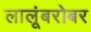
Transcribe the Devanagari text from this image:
लालूंबरोबर